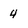
Character: 4